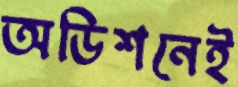
অডিশনেই